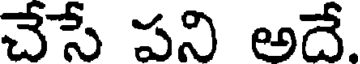
చేసే పని అదే.